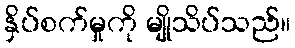
နှိပ်စက်မှုကို မျိုသိပ်သည်။